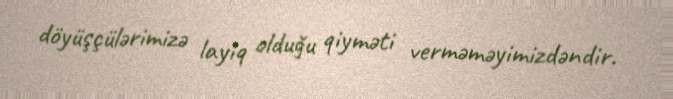
döyüşçülərimizə layiq olduğu qiyməti verməməyimizdəndir.